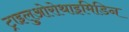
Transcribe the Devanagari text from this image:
ट्राइलुओरोथाइमिडिन